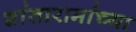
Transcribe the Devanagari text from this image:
शांतारामांच्या